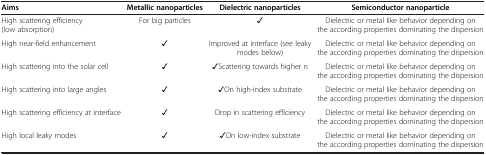
| Aims | Metallic nanoparticles | Dielectric nanoparticles | Semiconductor nanoparticle |
 | --- | --- | --- | --- |
 | High scattering efficiency (low absorption) | For big particles | ✓ | Dielectric or metal like behavior depending on the according properties dominating the dispersion |
 | High near-field enhancement | ✓ | Improved at interface (see leaky modes below) | Dielectric or metal like behavior depending on the according properties dominating the dispersion |
 | High scattering into the solar cell | ✓ | ✓Scattering towards higher n | Dielectric or metal like behavior depending on the according properties dominating the dispersion |
 | High scattering into large angles | ✓ | ✓On high-index substrate | Dielectric or metal like behavior depending on the according properties dominating the dispersion |
 | High scattering efficiency at interface | ✓ | Drop in scattering efficiency | Dielectric or metal like behavior depending on the according properties dominating the dispersion |
 | High local leaky modes | ✓ | ✓On low-index substrate | Dielectric or metal like behavior depending on the according properties dominating the dispersion |